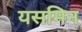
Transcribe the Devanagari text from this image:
यसमिन